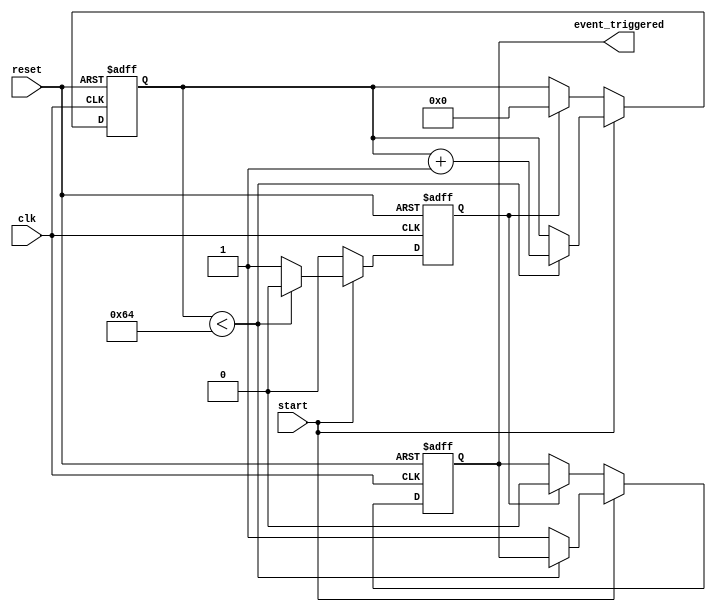
module TimerControlledEvent (
    input wire clk,               // Clock signal
    input wire reset,             // Asynchronous reset signal
    input wire start,             // Control signal to initiate the timer
    output reg event_triggered     // Signal indicating when the event has been triggered
);

    parameter THRESHOLD = 100;    // Define the threshold value for the timer
    reg [7:0] timer_count;         // Timer counter (8-bit for example, adjust as needed)
    reg timer_expired;             // Flag indicating when the timer has expired

    // Asynchronous reset and timer operation
    always @(posedge clk or posedge reset) begin
        if (reset) begin
            timer_count <= 0;      // Reset timer count
            event_triggered <= 0;  // Deactivate event
            timer_expired <= 0;    // Clear timer expired flag
        end else if (start) begin
            if (timer_count < THRESHOLD) begin
                timer_count <= timer_count + 1; // Increment timer count
                timer_expired <= 0;              // Timer not expired yet
            end else begin
                timer_expired <= 1;              // Timer has expired
                event_triggered <= 1;            // Trigger the event
            end
        end else begin
            // If start is not asserted, keep the current state
            if (timer_expired) begin
                // Optionally reset the timer count after triggering the event
                timer_count <= 0;                // Reset timer count for next event
                timer_expired <= 0;              // Clear timer expired flag
                event_triggered <= 0;            // Deactivate event
            end
        end
    end

endmodule